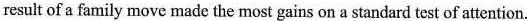
result of a family move made the most gains on a standard test of attention.